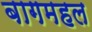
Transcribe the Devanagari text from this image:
बागमहल